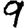
Digit: 9